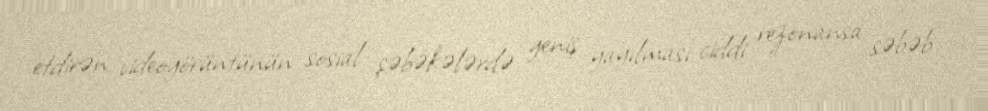
etdirən videogörüntünün sosial şəbəkələrdə geniş yayılması ciddi rezonansa səbəb